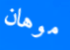
موهان